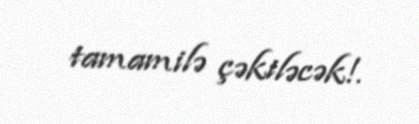
tamamilə çəkiləcək!.